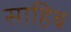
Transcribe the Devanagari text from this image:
साहिब